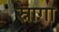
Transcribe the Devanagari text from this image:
स्नागा